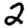
Digit: 2